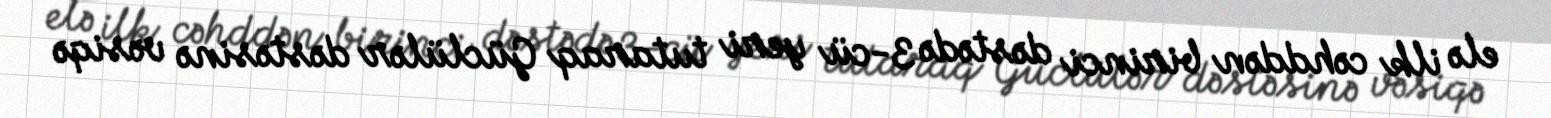
elə ilk cəhddən birinci dəstədə 3-cü yeri tutaraq Güclülər dəstəsinə vəsiqə